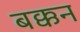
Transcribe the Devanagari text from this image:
बक्कन